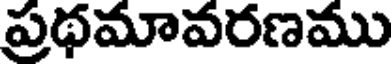
ప్రథమావరణము